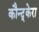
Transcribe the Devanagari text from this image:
कौन्द्केरा